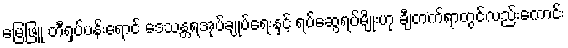
မြေဖြူ တီရှပ်ပန်းရောင် ဒေသန္တရအုပ်ချုပ်ရေးနှင့် ရပ်ဆွေရပ်မျိုးဟု ချီတက်ရာတွင်လည်းကောင်း